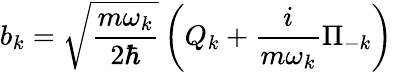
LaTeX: b_{k}={\sqrt{\frac{m\omega_{k}}{2\hbar}}}\left(Q_{k}+{\frac{i}{m\omega_{k}}}\Pi_{-k}\right)